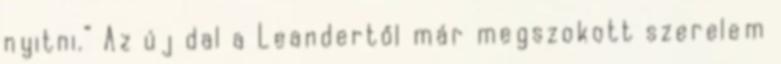
nyitni.” Az új dal a Leandertől már megszokott szerelem